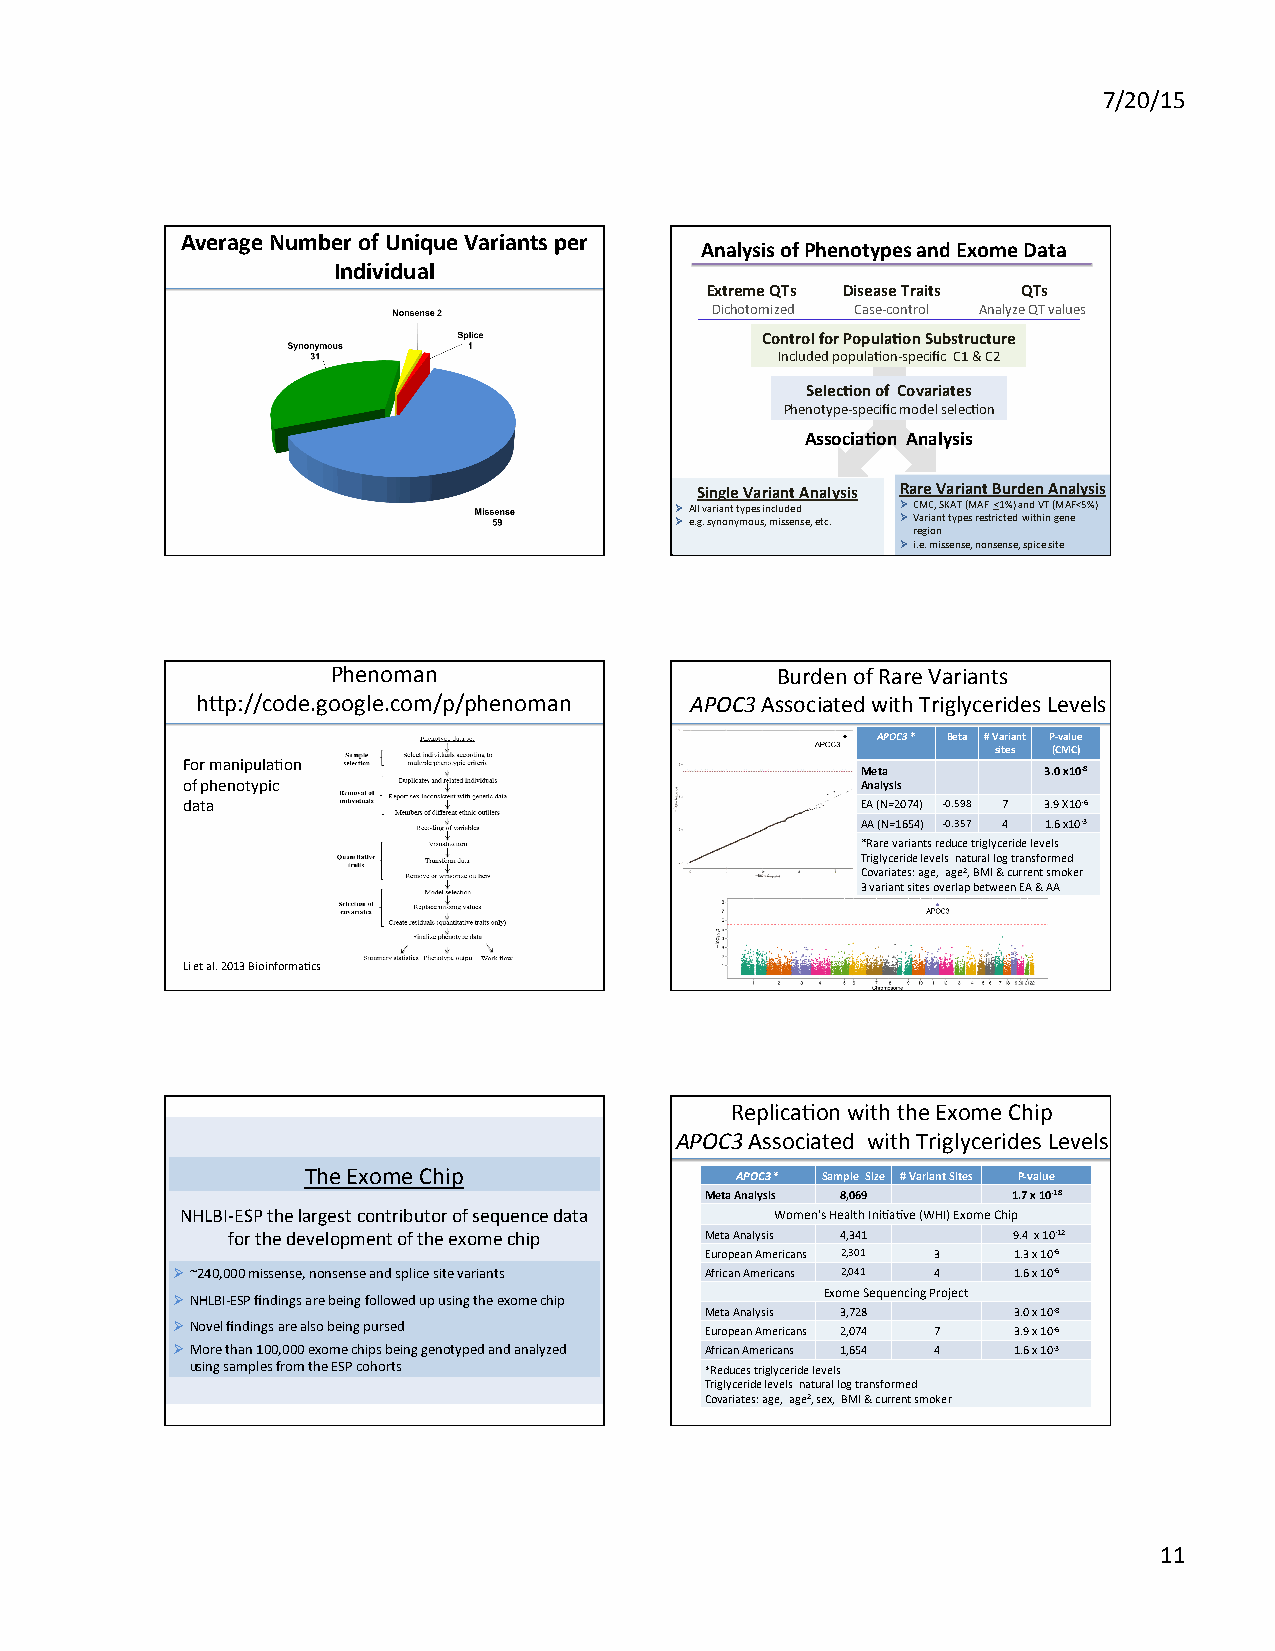
7/20/15
 Average Number of Unique Variants per
 Analysis of Phenotypes and Exome Data
 Individual
 Extreme QTs Disease Traits QTs
 Dichotomized Case-­‐control Analyze QT values
 Control for Popula=on Substructure
 Included populaBon-­‐specific C1 & C2
 Selec=on of Covariates
 Phenotype-­‐specific model selecBon
 Associa=on Analysis
 Single Variant Analysis Rare Variant Burden Analysis
 Ø All variant types included Ø CMC, SKAT (MAF <1%) and VT (MAF<5%)
 Ø e.g. synonymous, missense, etc. Ø Variant types restricted within gene
 region
 Ø i.e. missense, nonsense, spice site
 Phenoman                     Burden of Rare Variants
 h|p://code.google.com/p/phenoman APOC3 Associated with Triglycerides Levels
 APOC3 * Beta # Variant P-­‐value
 sites (CMC)
 For manipulaBon
 Meta        3.0 x10-­‐8
 of phenotypic                                Analysis
 data                                         EA (N=2074) -­‐0.598 7 3.9 X10-­‐6
 AA (N=1654) -­‐0.357 4 1.6 x10-­‐3
 *Rare variants reduce triglyceride levels
 Triglyceride levels natural log transformed
 Covariates: age, age2, BMI & current smoker
 3 variant sites overlap between EA & AA
 Li et al. 2013 BioinformaBcs
 ReplicaBon with the Exome Chip
 APOC3 Associated with Triglycerides Levels
 The Exome Chip               APOC3 * Sample Size # Variant Sites P-­‐value
 Meta Analysis 8,069 1.7 x 10-­‐18
 NHLBI-­‐ESP the largest contributor of sequence data Women's Health IniBaBve (WHI) Exome Chip
 for the development of the exome chip Meta Analysis 4,341 9.4 x 10-­‐12
 European Americans 2,301 3 1.3 x 10-­‐6
 Ø ~240,000 missense, nonsense and splice site variants African Americans 2,041 4 1.6 x 10-­‐6
 Ø NHLBI-­‐ESP findings are being followed up using the exome chip Exome Sequencing Project
 Meta Analysis 3,728 3.0 x 10-­‐8
 Ø Novel findings are also being pursed European Americans 2,074 7 3.9 x 10-­‐6
 Ø More than 100,000 exome chips being genotyped and analyzed African Americans 1 , 6 5 4 4 1.6 x 10-­‐3
 using samples from the ESP cohorts *Reduces triglyceride levels
 Triglyceride levels natural log transformed
 Covariates: age, age2, sex, BMI & current smoker
 11